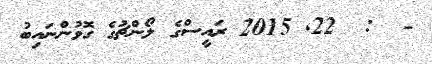
-  :  22